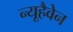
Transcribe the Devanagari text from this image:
न्यूहैवेन